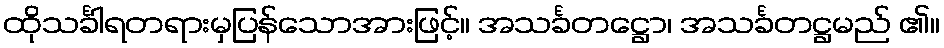
ထိုသင်္ခါရတရားမှပြန်သောအားဖြင့်။ အသင်္ခတဋ္ဌော၊ အသင်္ခတဋ္ဌမည် ၏။